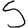
Digit: 5